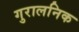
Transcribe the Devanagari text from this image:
गुरालनिक